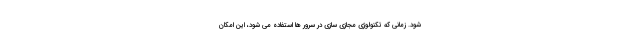
شود. زمانی که تکنولوژی مجازی سازی در سرور ها استفاده می شود، این امکان